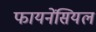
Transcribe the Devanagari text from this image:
फायनेंसियल